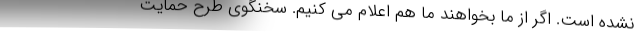
نشده است. اگر از ما بخواهند ما هم اعلام می کنیم. سخنگوی طرح حمایت